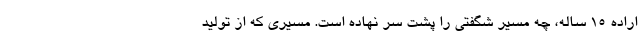
اراده ۱۵ ساله، چه مسیر شگفتی را پشت سر نهاده است. مسیری که از تولید